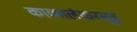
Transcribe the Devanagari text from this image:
काव्यालंकरसूत्र